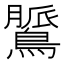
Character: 𪃻